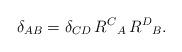
LaTeX: \begin{align*}\delta_{AB}=\delta_{CD}\,R^{C}{}_{A}\,R^{D}{}_{B}.\end{align*}